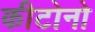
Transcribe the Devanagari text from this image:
कीटोनो